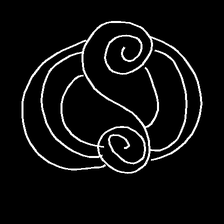
Glyph: wind-underfoot